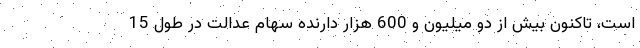
است، تاکنون بیش از دو میلیون و 600 هزار دارنده سهام عدالت در طول 15